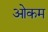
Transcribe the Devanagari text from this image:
ओकम